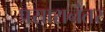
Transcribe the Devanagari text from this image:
प्रसारानंतर